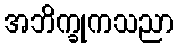
အဘိက္ခုကသညာ